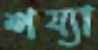
শয্যা